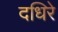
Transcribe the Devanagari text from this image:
दधिरे